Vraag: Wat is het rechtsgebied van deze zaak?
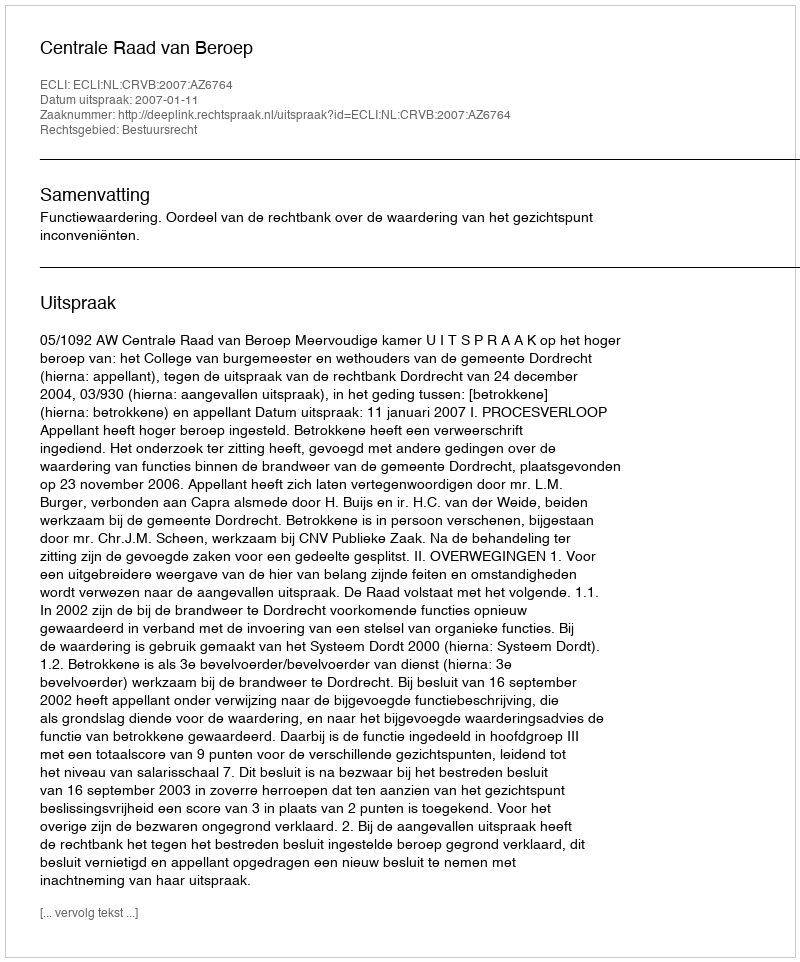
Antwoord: Bestuursrecht